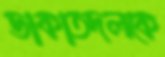
ডাকাতদলকে